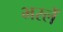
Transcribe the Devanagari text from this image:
भरलें